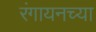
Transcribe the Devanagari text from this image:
रंगायनच्या